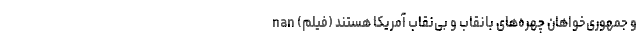
و جمهوری‌خواهان چهره‌های بانقاب و بی‌نقاب آمریکا هستند (فیلم) nan